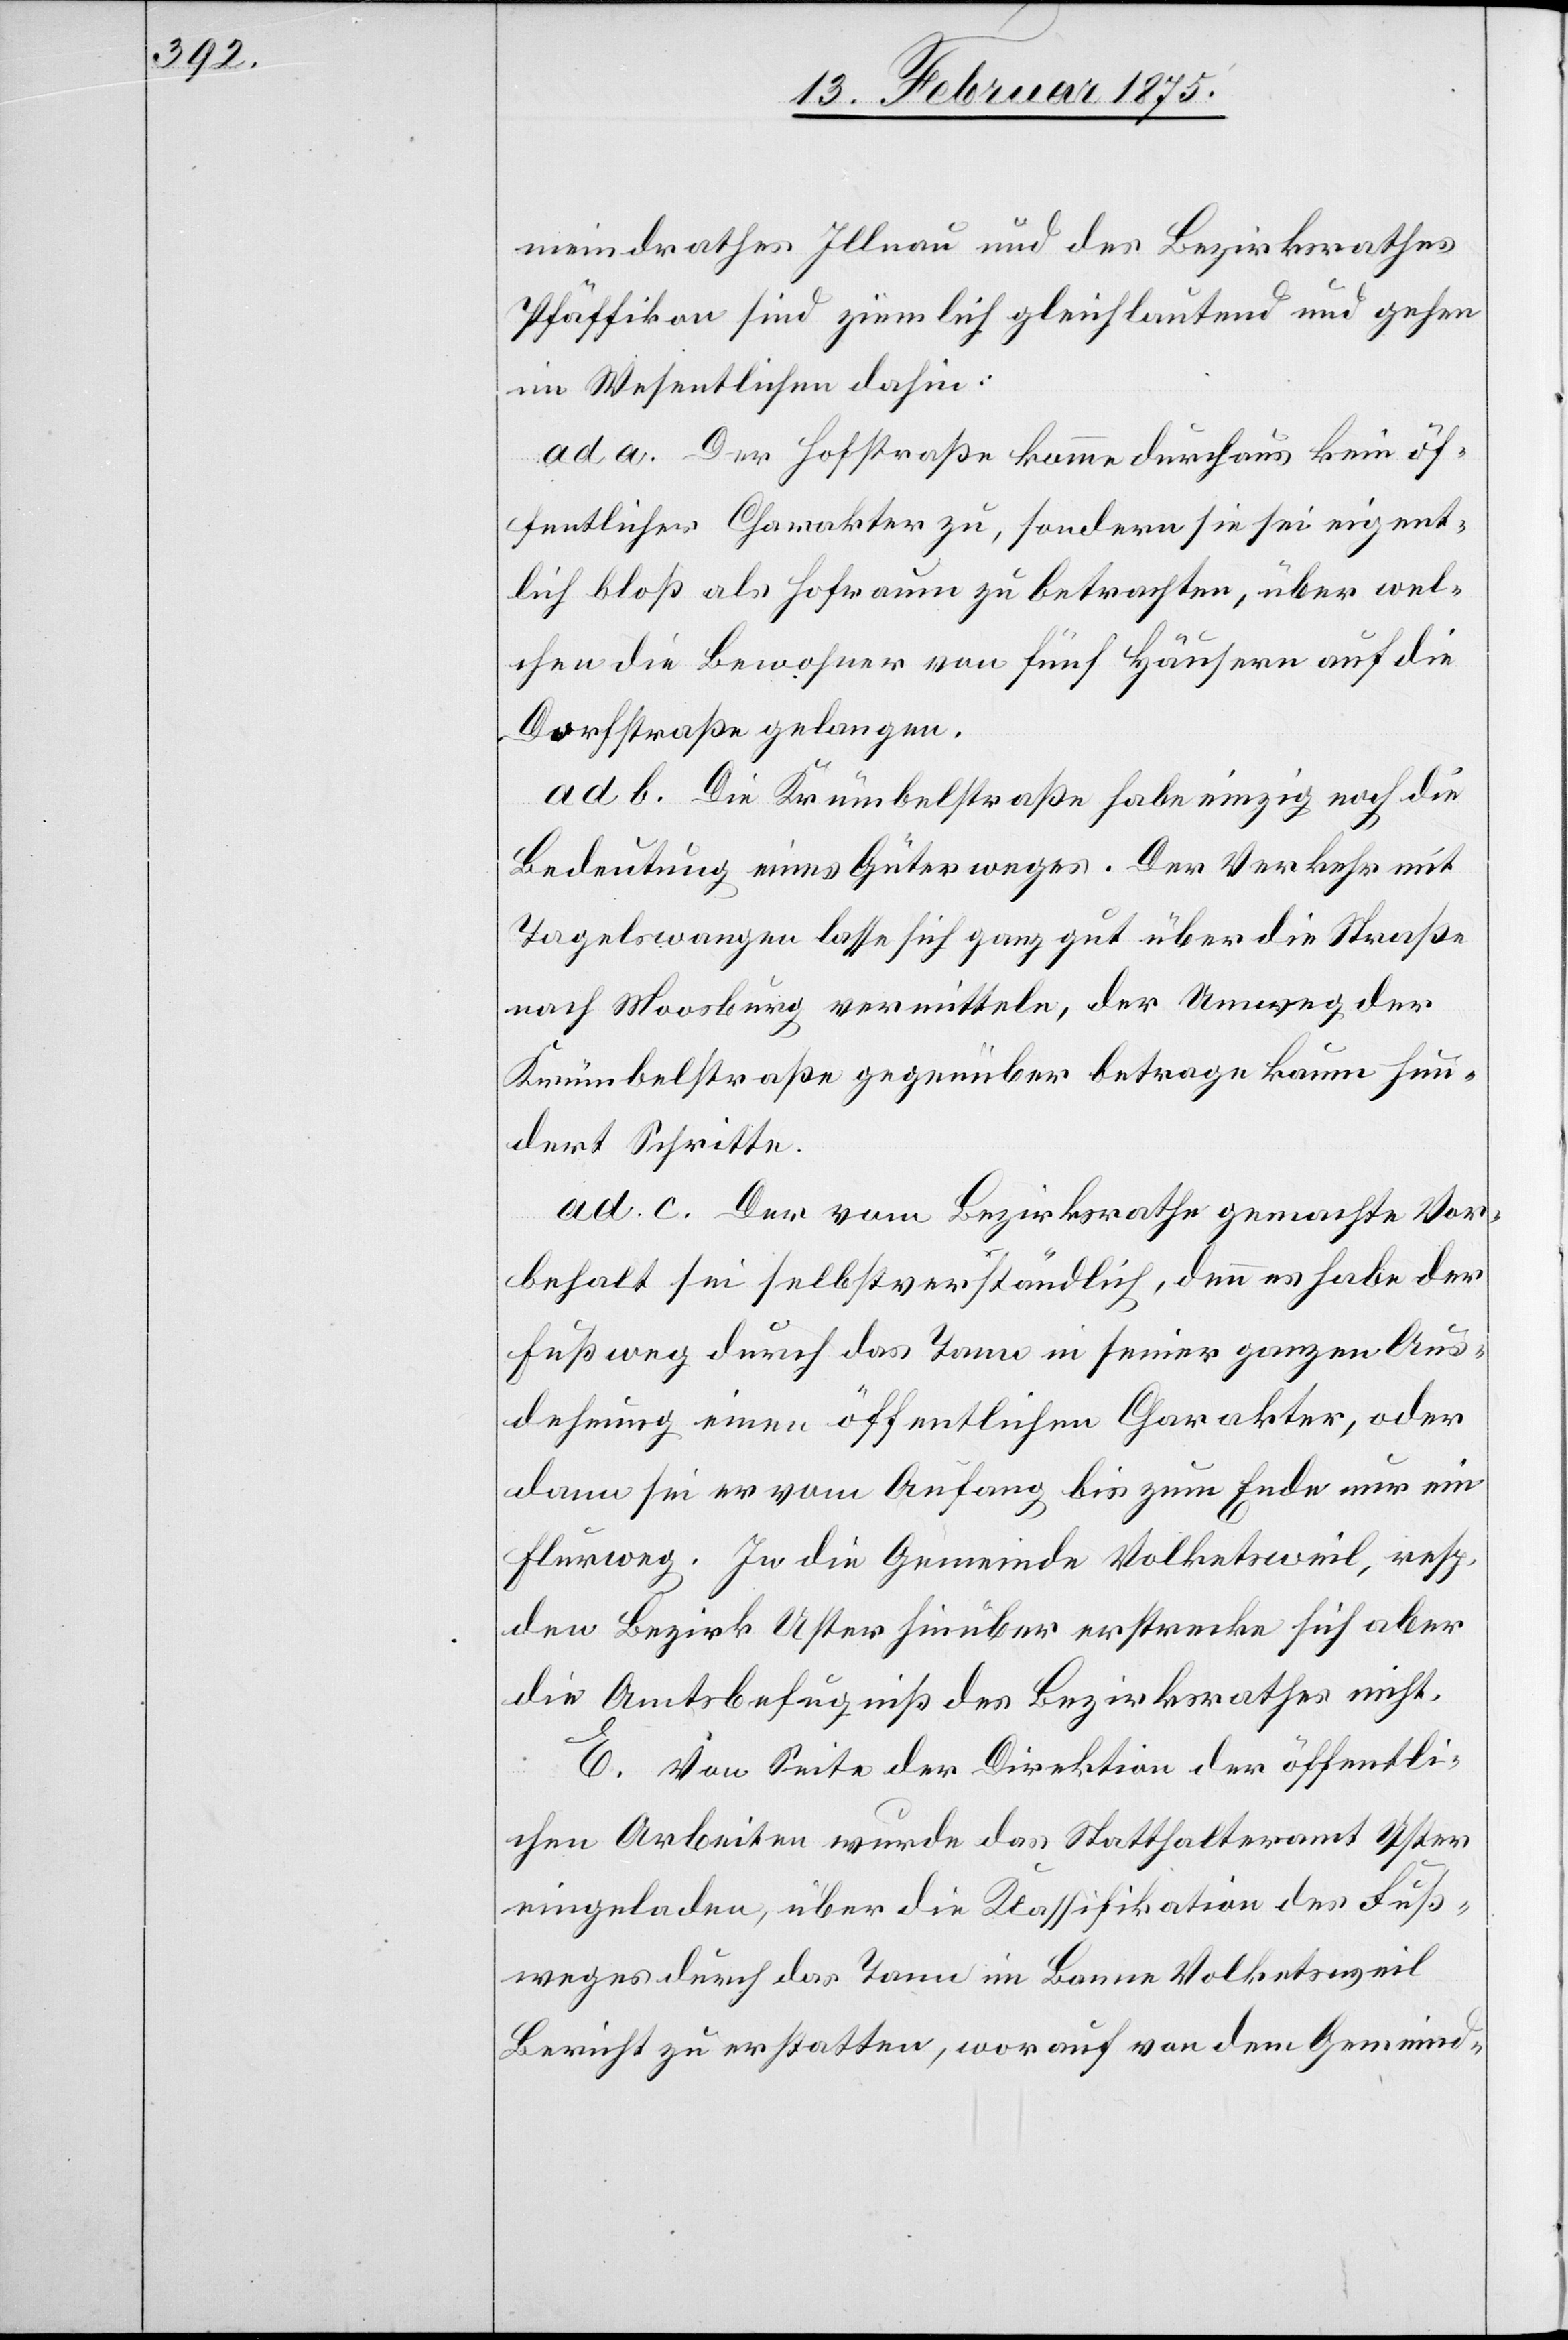
meinderathes Illnau und des Bezirksrathes
Pfäffikon sind ziemlich gleichlautend und gehen
im Wesentlichen dahin:
ad a. Der Hofstraße komme durchaus kein öf¬
fentlicher Charakter zu, sondern sie sei eigent¬
lich bloß als Hofraum zu betrachten, über wel¬
chen die Bewohner von fünf Häusern auf die
Dorfstraße gelangen.
ad b. Die Krümbelstraße [sic!] habe einzig noch die
Bedeutung eines Güterweges. Der Verkehr mit
Tagelswangen lasse sich ganz gut über die Straße
nach Moosburg vermitteln, der Umweg der
Krümbelstraße gegenüber betrage kaum hun¬
dert Schritte.
ad c. Der vom Bezirksrathe gemachte Vor¬
behalt sei selbstverständlich, denn es habe der
Fußweg durch das Tann in seiner ganzen Aus¬
dehnung einen öffentlichen Charakter, oder
dann sei er vom Anfang bis zum Ende nur ein
Flurweg. In die Gemeinde Volketsweil, resp.
den Bezirk Uster hierüber erstrecke sich aber
die Amtsbefugniß des Bezirksrathes nicht.
E. Von Seite der Direktion der öffentli¬
chen Arbeiten wurde das Statthalteramt Uster
eingeladen, über die Klassifikation des Fus¬
weges durch das Tann im Banne Volketsweil
Bericht zu erstatten, worauf von dem Gemeind-